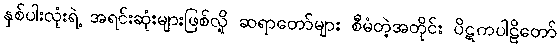
နှစ်ပါးလုံးရဲ့ အရင်းဆုံးများဖြစ်လို့ ဆရာတော်များ စီမံတဲ့အတိုင်း ပိဋကပါဠိတော်